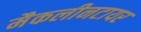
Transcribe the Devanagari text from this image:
मैकलीनटायर